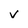
Character: v